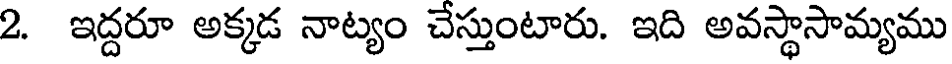
2. ఇద్దరూ అక్కడ నాట్యం చేస్తుంటారు. ఇది అవస్థాసామ్యము